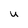
Character: U